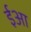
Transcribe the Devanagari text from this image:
ईआ